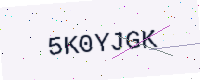
Text: 5K0YJGK